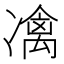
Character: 𠘅